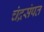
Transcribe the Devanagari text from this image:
चंद्रसंपत